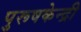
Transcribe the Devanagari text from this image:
पुरूषकेन्द्री